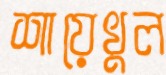
শায়েখুল